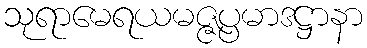
သုရာမေရယမဇ္ဇပ္ပမာဒဋ္ဌာနာ